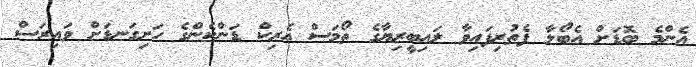
އެންމެ ބޮޑަށް އެބޯލާ ފެތުރިފައިވާ ލައިބީރިޔާގެ ތޯމަސް އެރިކް ޑަންކެންގެ ހަށިގަނޑަށް ވައިރަސް